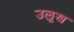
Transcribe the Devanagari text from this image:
उलूख